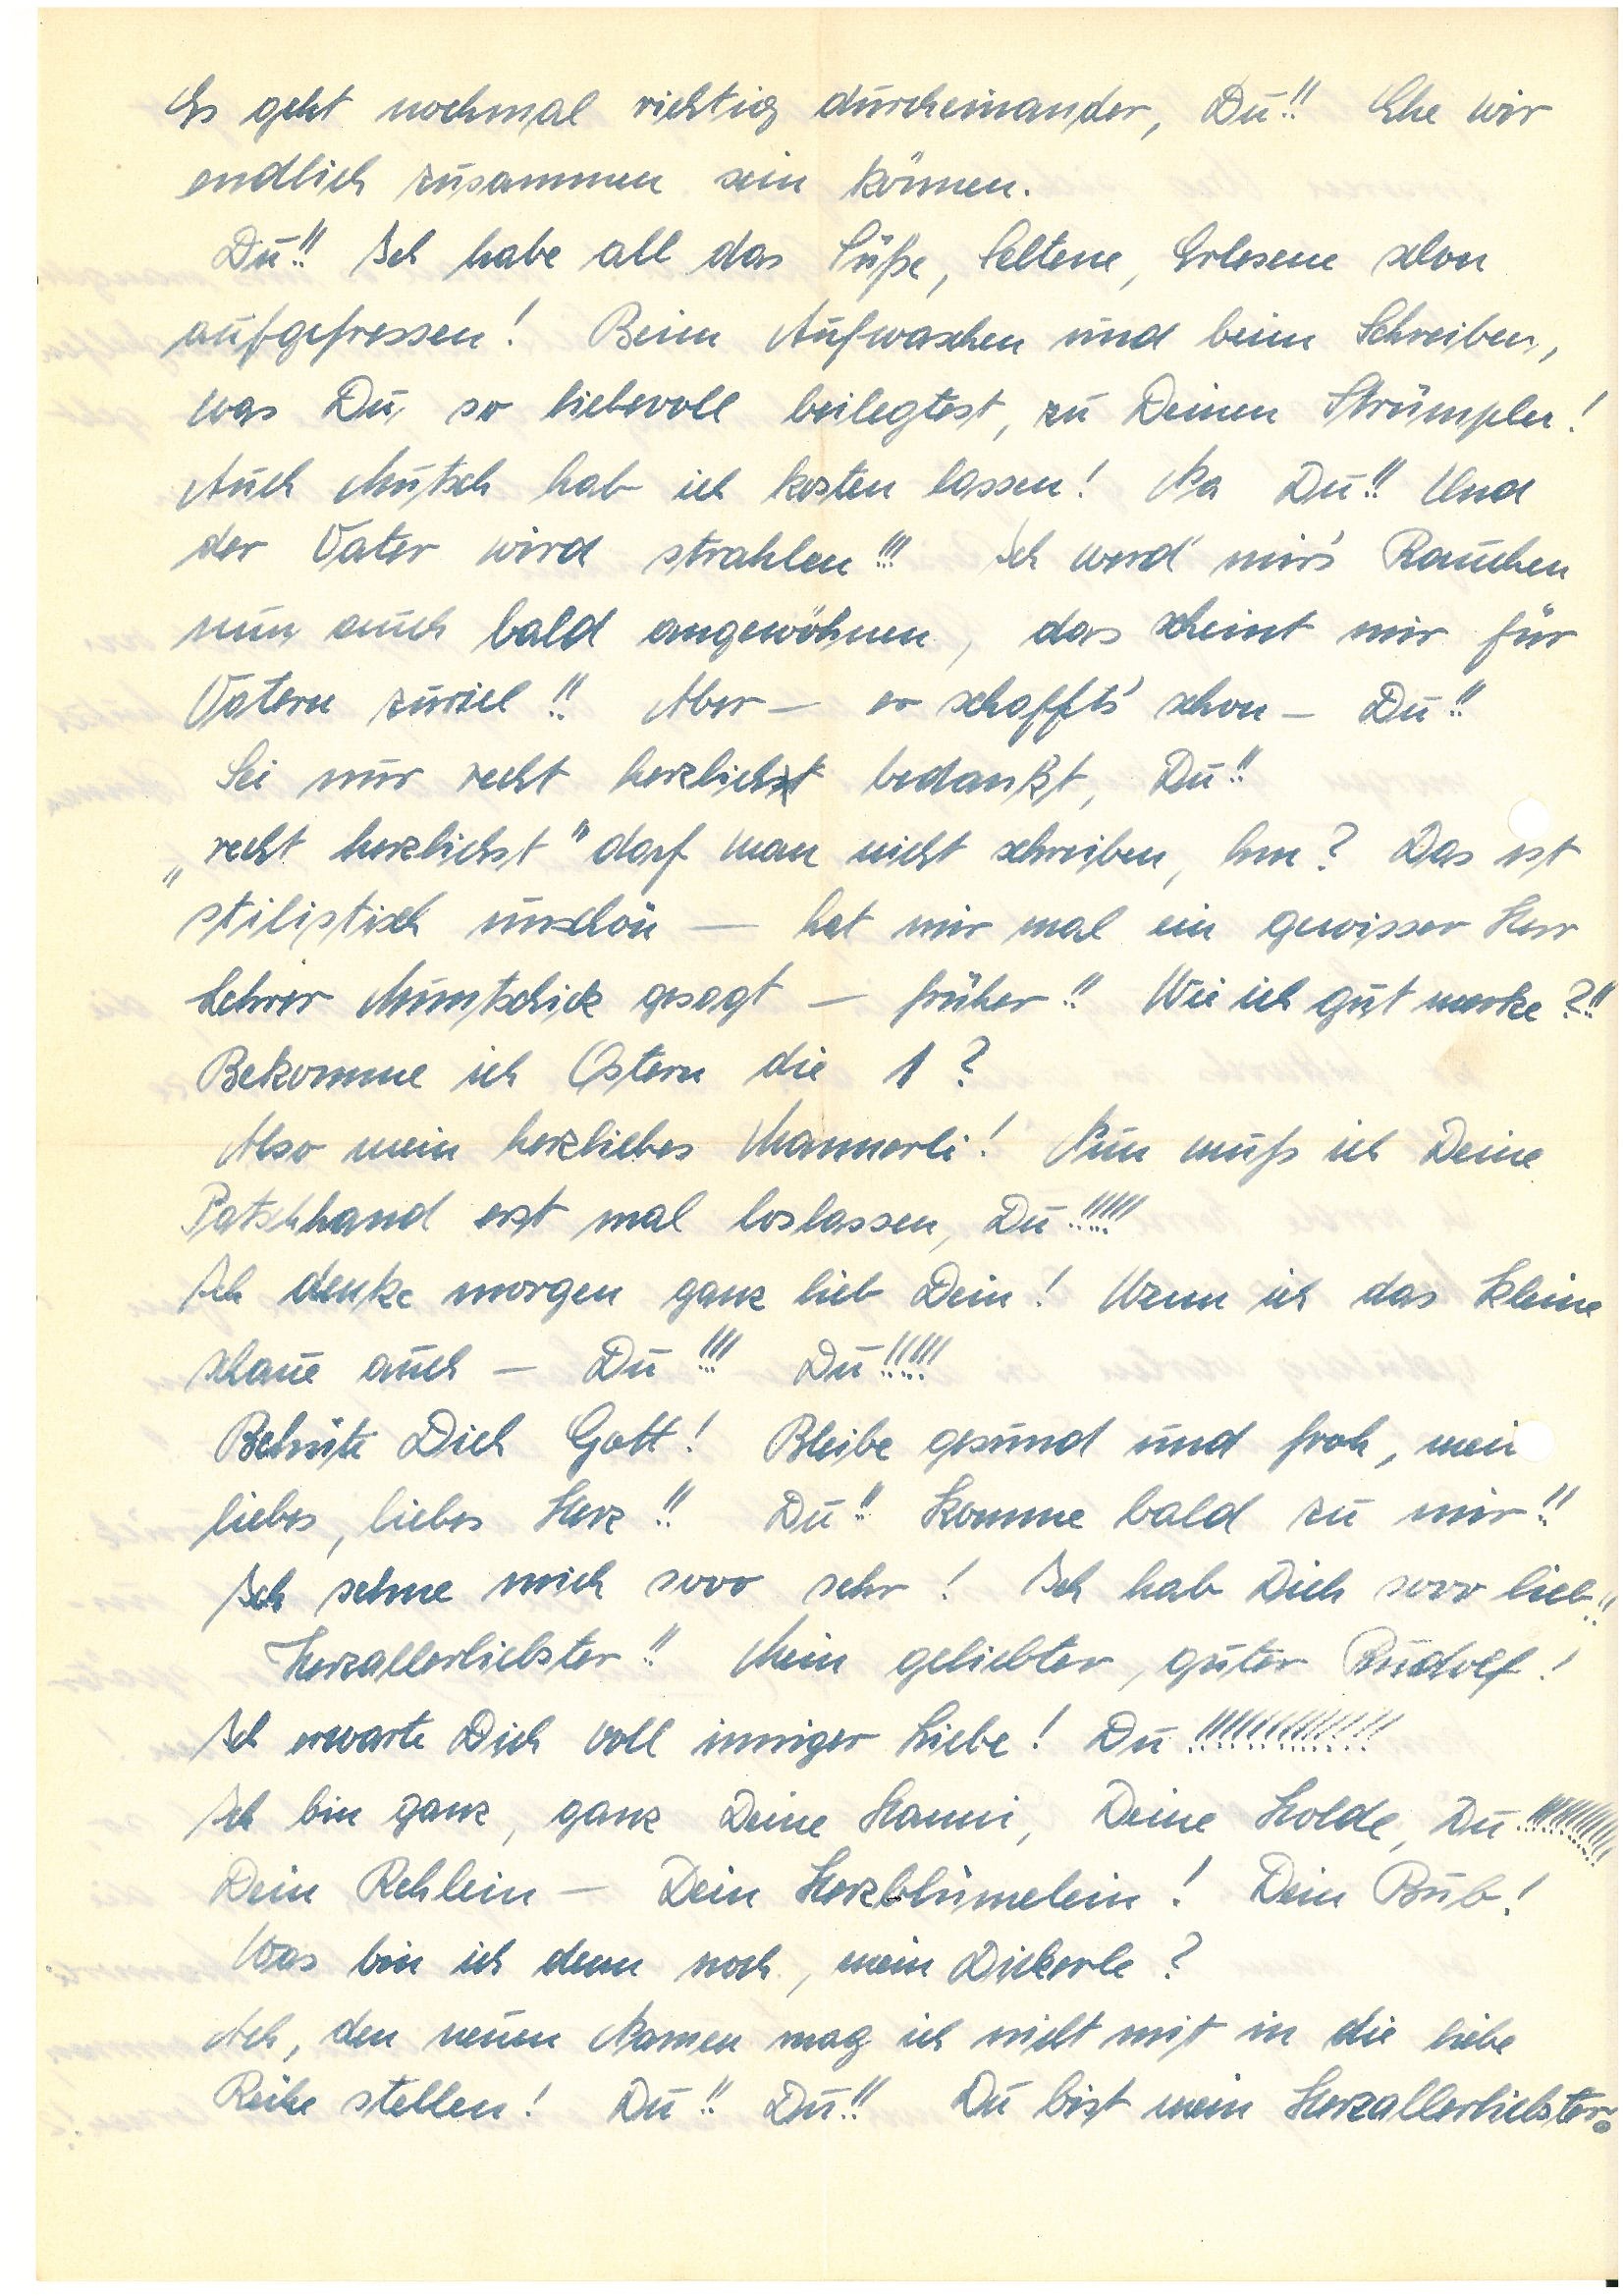
Es geht noch mal richtig durcheinander, Du!! Ehe wir
endlich zusammen sein können.
Du!! Ich habe all das Süße, Seltene, Erlesene schon
aufgefressen! Beim Aufwaschen und beim Schreiben,
was Du so liebevoll beilegtest, zu Deinen Strümpln!
Auch Mutsch hab ich kosten lassen! Na Du!! Und
der Vater wird strahlen!!! Ich werd’ mir’s Rauchen
nun auch bald angewöhnen, das scheint mir für
Vatern zuviel!! Aber – er schafft’s schon – Du!!
Sei nur recht herzlichst bedankt, Du!!
„recht herzlichst” darf man nicht schreiben, hm? Das ist
stilistisch unschön – hat mir mal ein gewisser Herr
Lehrer gesagt – früher!! Wie ich gut merke?!!
Bekomme ich Ostern die 1?
Also mein herzliebes Mannerli! Nun muß ich Deine
Patschhand erst mal loslassen, Du!!!!!
Ich denke morgen ganz lieb Dein! Wenn ich das Kleine
schaue auch – Du!!! Du!!!!!
Behüte Dich Gott! Bleibe gesund und froh, mei
liebes, liebes Herz!! Du!! Komme bald zu mir!!
Ich sehne mich sooo sehr! Ich hab Dich sooo lieb!!
Herzallerliebster!! Mein geliebter, guter!
Ich erwarte Dich voll inniger Liebe! Du!!!!!!!!!!!!!
Ich bin ganz, ganz Deine , Deine Holde, Du!!!!!!!!!!!!!
Dein Rehlein – Dein Herzblümelein! Dein Bub!
Was bin ich denn noch, mein Dickerle?
Ach, den neuen Namen mag ich nicht mit in die liebe
Reihe stellen! Du!! Du!! Du bist mein Herzallerliebster.